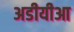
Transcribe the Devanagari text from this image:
अडीयीआ